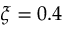
\xi = 0 . 4